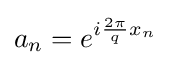
a_{n}=e^{i{\frac {2\pi }{q}}x_{n}}